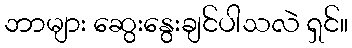
ဘာများ ဆွေးနွေးချင်ပါသလဲ ရှင်။